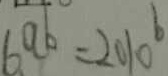
6 ^ { a b } = 2 0 1 0 ^ { b }